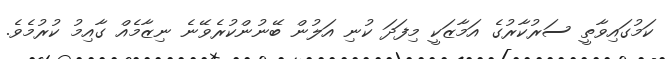
ކަމުގައިވާތީ ސަރުކާރުގެ އަމާޒަކީ މިފަދަ ކުނި އަލުން ބޭނުންކުރެވޭނެ ނިޒާމެއް ގާއިމު ކުރުމެވެ.